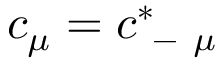
c _ { \mu } = c _ { \mathrm { ~ - ~ } \mu } ^ { * }